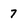
Character: 7